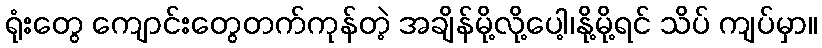
ရုံးတွေ ကျောင်းတွေတက်ကုန်တဲ့ အချိန်မို့လို့ပေါ့၊နို့မို့ရင် သိပ် ကျပ်မှာ။